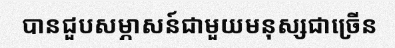
បានជួបសម្ភាសន៍ជាមួយមនុស្សជាច្រើន